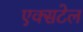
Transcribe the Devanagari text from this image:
एक्सटेल